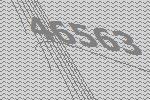
46563